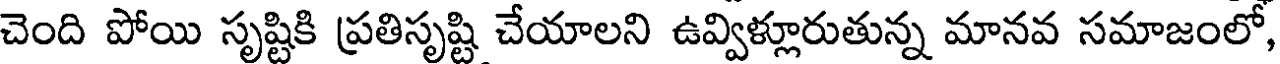
చెంది పోయి సృష్టికి ప్రతిసృష్టి చేయాలని ఉవ్విళ్లూరుతున్న మానవ సమాజంలో,